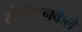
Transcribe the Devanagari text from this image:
संशोधनकेले